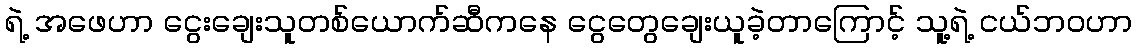
ရဲ့ အဖေဟာ ငွေးချေးသူတစ်ယောက်ဆီကနေ ငွေတွေချေးယူခဲ့တာကြောင့် သူ့ရဲ့ ငယ်ဘဝဟာ